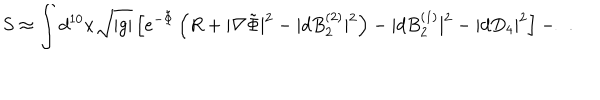
LaTeX: S \approx \int d ^ { 1 0 } x \sqrt { | g | } \left[ e ^ { - \tilde { \Phi } } \left( R + | \nabla \tilde { \Phi } | ^ { 2 } - | d B _ { 2 } ^ { ( 2 ) } | ^ { 2 } \right) - | d B _ { 2 } ^ { ( 1 ) } | ^ { 2 } - | d D _ { 4 } | ^ { 2 } \right] - \ldots